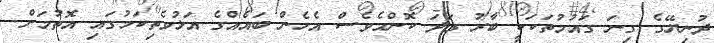
ދުނިޔޭގެ ގިނަ ގައުމުތަކަކީ ބާރު ގަދަ ކޮންމެވެސް އެހެން ބައެއްގެ އަޅުވެތިކަމުގައި އޮތުމަށް..